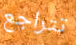
تتراجع